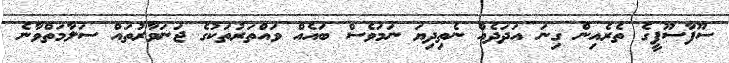
ސޫފާސޫފީގެ ތެރެއިން ގިނަ އަދަދެއް ނެތިދިޔަ ނަމަވެސް ބައެއް ވައްތަރުތަކުގެ ޖަނަވާރުތައް ސަލާމަތްވާނެ